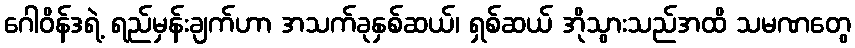
ဂေါဝိန်ဒရဲ့ ရည်မှန်းချက်ဟာ အသက်ခုနှစ်ဆယ်၊ ရှစ်ဆယ် အိုသွားသည်အထိ သမဏတွေ